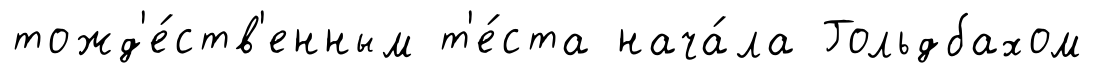
тожд'е́ств'енным т'е́ста нача́ла Гольдбахом